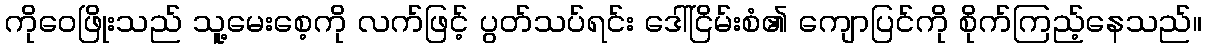
ကိုဝေဖြိုးသည် သူ့မေးစေ့ကို လက်ဖြင့် ပွတ်သပ်ရင်း ဒေါ်ငြိမ်းစံ၏ ကျောပြင်ကို စိုက်ကြည့်နေသည်။